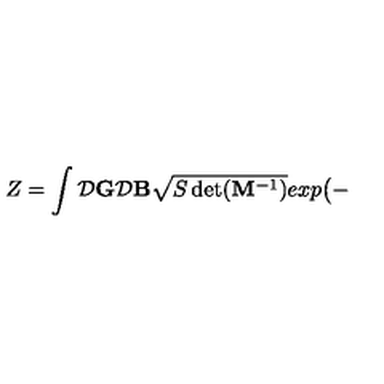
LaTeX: Z = \int { \cal D } { \bf G } { \cal D } { \bf B } \sqrt { S \det ( { \bf M } ^ { - 1 } ) } e x p \big ( -